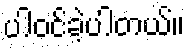
ပါဝင်ခဲ့ပါတယ်။